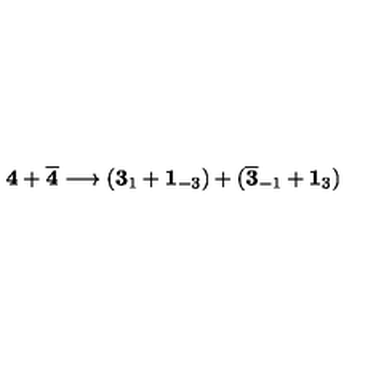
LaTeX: { \bf 4 } + \overline { { \bf 4 } } \longrightarrow ( { \bf 3 } _ { 1 } + { \bf 1 } _ { - 3 } ) + ( \overline { { \bf 3 } } _ { - 1 } + { \bf 1 } _ { 3 } )